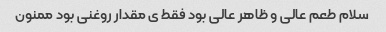
سلام طعم عالی و ظاهر عالی بود فقط ی مقدار روغنی بود ممنون